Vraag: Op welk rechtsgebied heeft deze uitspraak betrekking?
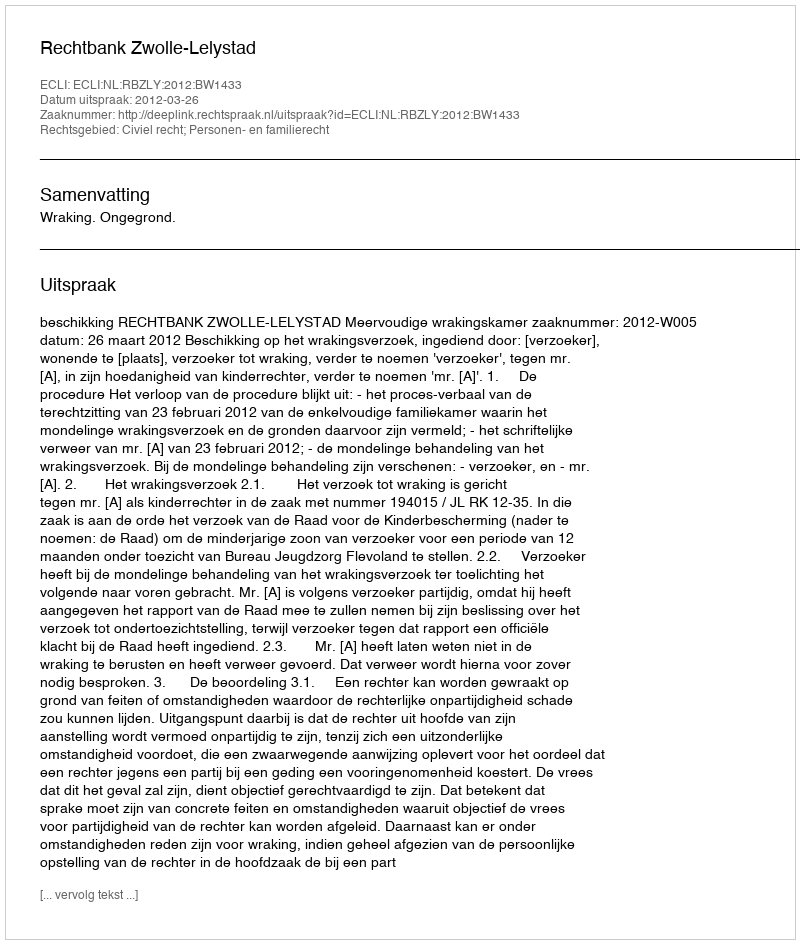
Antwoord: Civiel recht; Personen- en familierecht